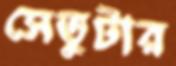
সেতুটার